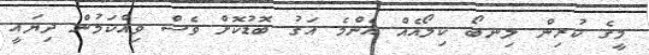
މީގެ ކުރިން ލިނބޯ ކިލޯއެއް އެންމެ އަގު ބޮޑުކޮށް ވެސް ވިއްކަމުން ދިޔައީ